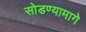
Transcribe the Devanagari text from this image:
सोडण्यामागे